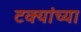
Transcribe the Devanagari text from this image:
टक्यांच्या